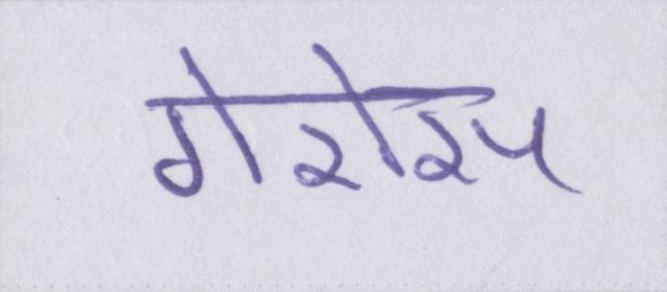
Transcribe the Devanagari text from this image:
गैरोस